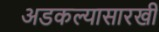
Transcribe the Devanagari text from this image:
अडकल्यासारखी